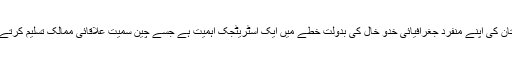
پاکستان کی اپنے منفرد جغرافیائی خدو خال کی بدولت خطے میں ایک اسٹریٹجک اہمیت ہے جسے چین سمیت علاقائی ممالک تسلیم کرتے ہیں۔